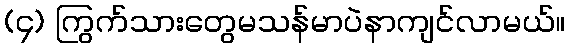
(၄) ကြွက်သားတွေမသန်မာပဲနာကျင်လာမယ်။